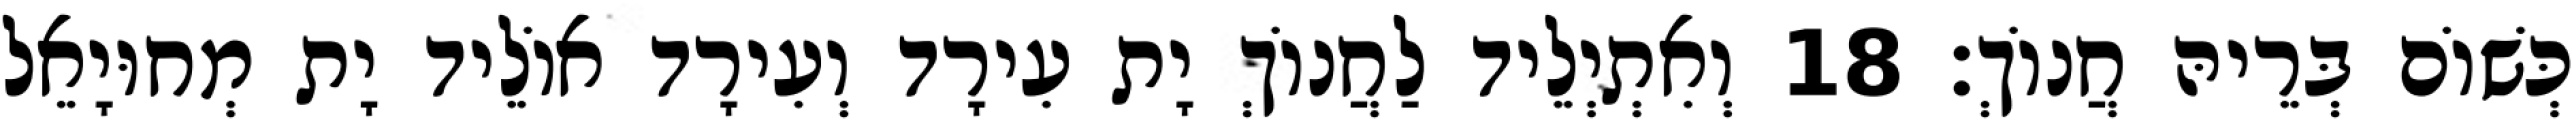
כְּשׁוֹם בְּרֵיהּ חֲנוֹךְ׃ 18 וְאִתְיְלֵיד לַחֲנוֹךְ יָת עִירָד וְעִירָד אוֹלֵיד יָת מְחוּיָאֵל